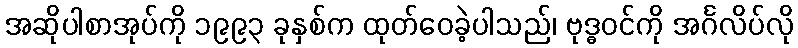
အဆိုပါစာအုပ်ကို ၁၉၉၃ ခုနှစ်က ထုတ်ဝေခဲ့ပါသည်၊ ဗုဒ္ဓဝင်ကို အင်္ဂလိပ်လို